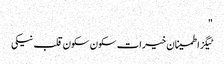
"
ٹیگزاطمینان خیرات سکون سکون قلب نیکی